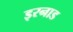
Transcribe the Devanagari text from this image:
इरनाड